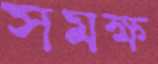
সমক্ষ